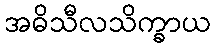
အဓိသီလသိက္ခာယ